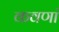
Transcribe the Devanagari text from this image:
कवणां